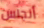
أنجلس